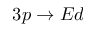
3 p \to E d